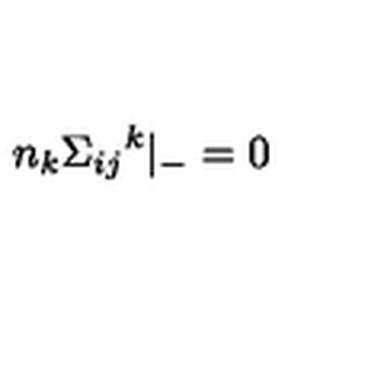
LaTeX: n _ { k } { { \Sigma } _ { i j } } ^ { k } { \vert } _ { - } = 0